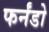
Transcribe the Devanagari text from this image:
फर्नंडो